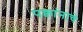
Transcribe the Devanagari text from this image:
पक्वांनाचे